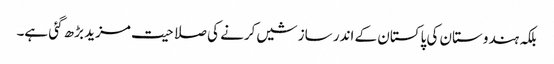
بلکہ ہندوستان کی پاکستان کے اندر سازشیں کرنے کی صلاحیت مزید بڑھ گئی ہے۔